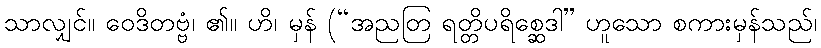
သာလျှင်။ ဝေဒိတဗ္ဗံ၊ ၏။ ဟိ၊ မှန် (“အညတြ ရတ္တိပရိစ္ဆေဒါ” ဟူသော စကားမှန်သည်၊